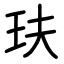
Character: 玞